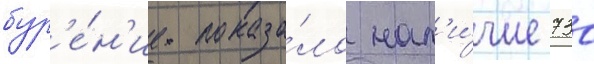
бур'е́н'ие показа́ло нал'и́чие 730